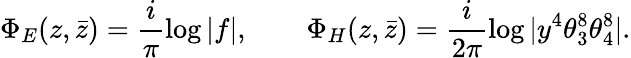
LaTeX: \Phi_{E}(z,\bar{z})=\frac{i}{\pi}\log\vert f\vert,\qquad\Phi_{H}(z,\bar{z})=\frac{i}{2\pi}\log\vert y^{4}\theta_{3}^{8}\theta_{4}^{8}\vert.